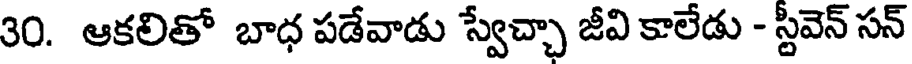
30. ఆకలితో బాధ పడేవాడు స్వేచ్చా జీవి కాలేడు - స్టీవెన్ సన్